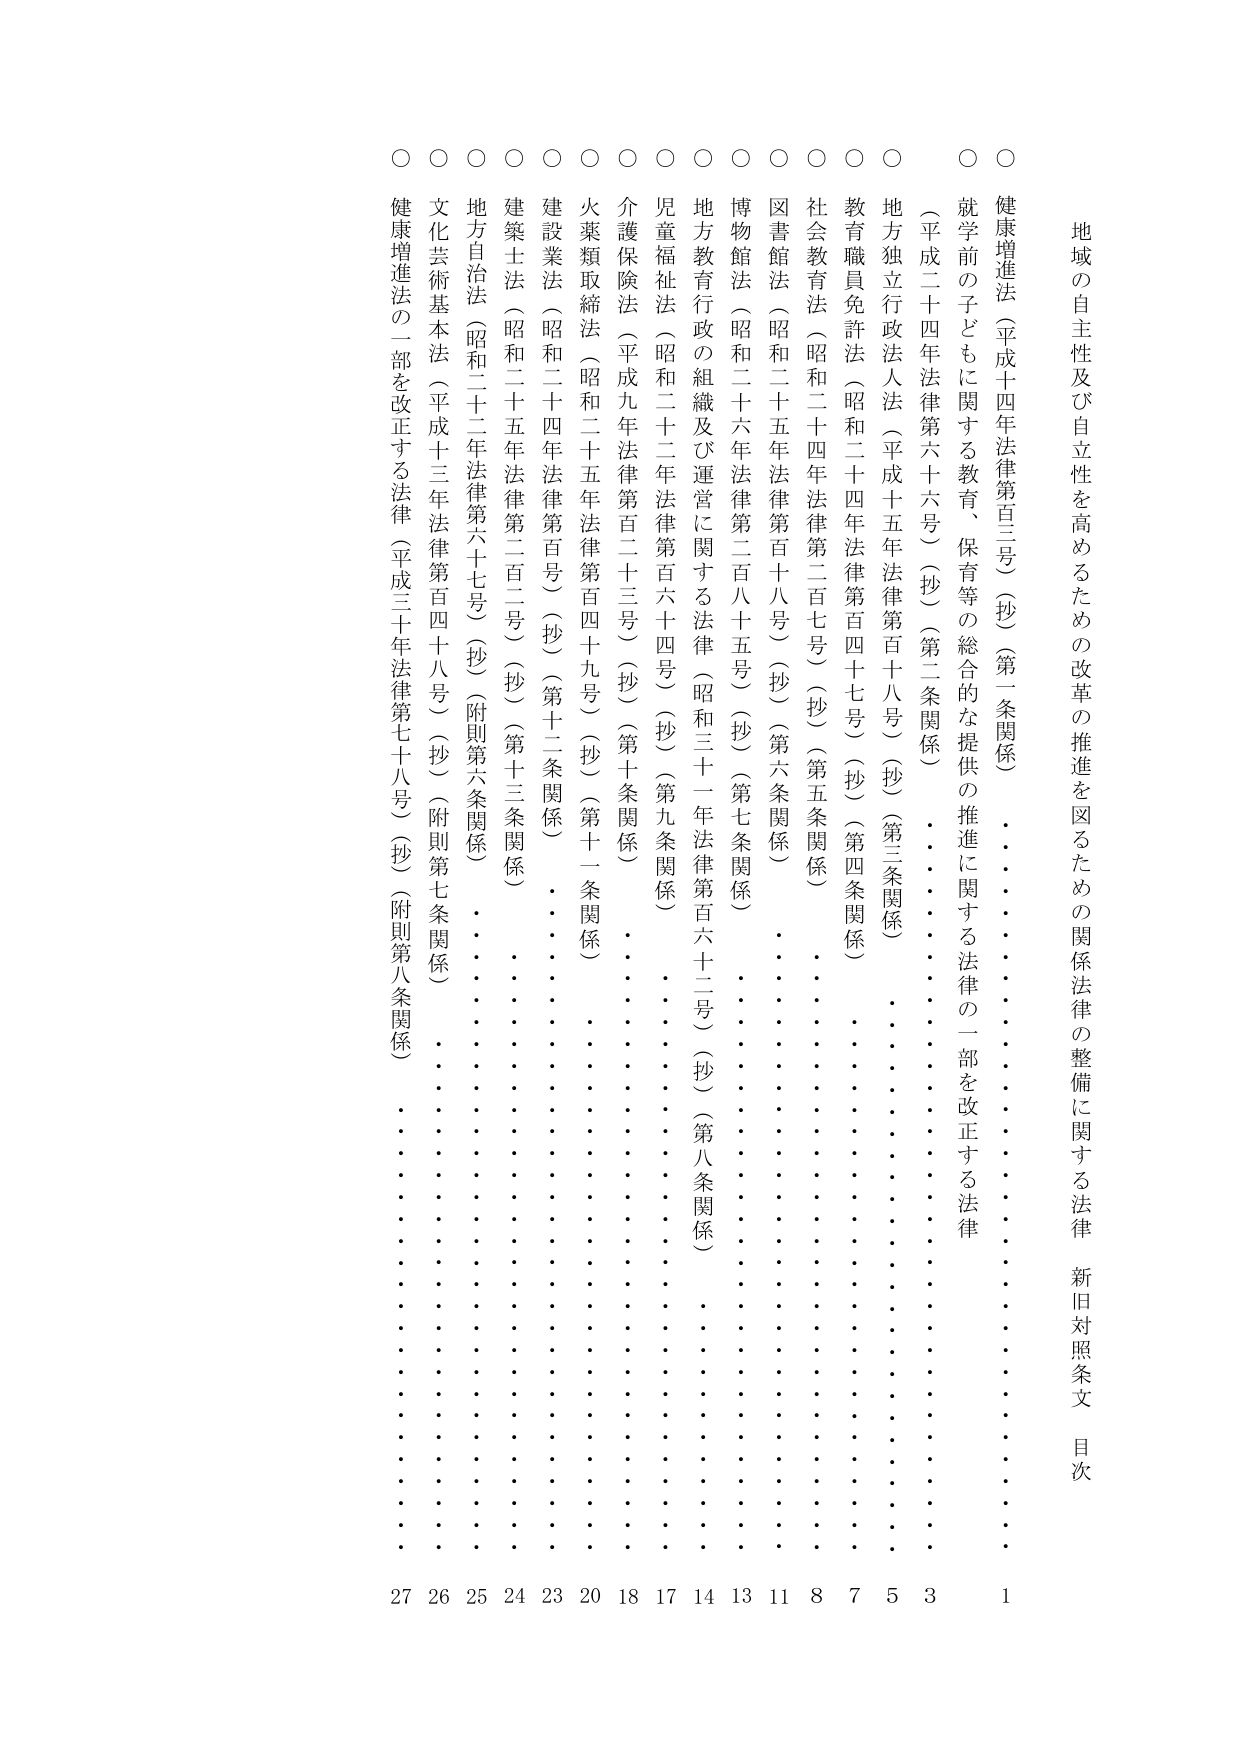
地域の自主性及び自立性を高めるための改革の推進を図るための関係法律の整備に関する法律 新旧対照条文 目次

○ 健康増進法（平成十四年法律第百三号）（抄）（第一条関係） 1
○ 就学前の子どもに関する教育、保育等の総合的な提供の推進に関する法律の一部を改正する法律 3
（平成二十四年法律第六十六号）（抄）（第二条関係）
○ 地方独立行政法人法（平成十五年法律第百十八号）（抄）（第三条関係） 5
○ 教育職員免許法（昭和二十四年法律第百四十七号）（抄）（第四条関係） 7
○ 社会教育法（昭和二十四年法律第二百七号）（抄）（第五条関係） 8
○ 図書館法（昭和二十五年法律第百十八号）（抄）（第六条関係） 11
○ 博物館法（昭和二十六年法律第二百八十五号）（抄）（第七条関係） 13
○ 地方教育行政の組織及び運営に関する法律（昭和三十一年法律第百六十二号）（抄）（第八条関係） 14
○ 児童福祉法（昭和二十二年法律第百六十四号）（抄）（第九条関係） 17
○ 介護保険法（平成九年法律第百二十三号）（抄）（第十条関係） 18
○ 火薬類取締法（昭和二十五年法律第百四十九号）（抄）（第十一条関係） 20
○ 建設業法（昭和二十四年法律第百号）（抄）（第十二条関係） 23
○ 建築士法（昭和二十五年法律第二百二号）（抄）（第十三条関係） 24
○ 地方自治法（昭和二十二年法律第六十七号）（抄）（附則第六条関係） 25
○ 文化芸術基本法（平成十三年法律第百四十八号）（抄）（附則第七条関係） 26
○ 健康増進法の一部を改正する法律（平成三十年法律第七十八号）（抄）（附則第八条関係） 27